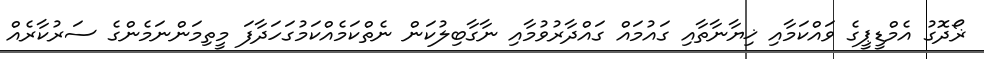
ޜޯދޮގު އެމްޑީޕީގެ ވައްކަމާއި ޚިޔާނާތާއި ގައުމައް ގައްދާރުވުމާއި ނާގާބިލުކަން ނެތްކަމެއްކަމުގަހަދާފަ މީތިމަންނަމެންގެ ސަރުކާރެއް